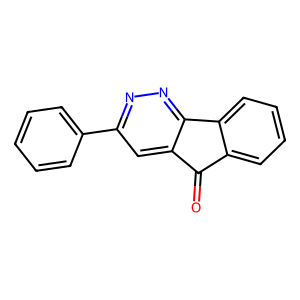
SMILES: O=C1c2ccccc2-c2nnc(-c3ccccc3)cc21
Inhibits HIV replication: No